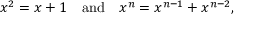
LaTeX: x ^ { 2 } = x + 1 \quad { \mathrm { a n d } } \quad x ^ { n } = x ^ { n - 1 } + x ^ { n - 2 } ,